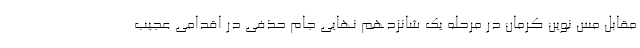
مقابل مس نوین کرمان در مرحله یک شانزدهم نهایی جام حذفی در اقدامی عجیب